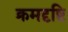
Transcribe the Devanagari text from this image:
क्रमदृष्टि